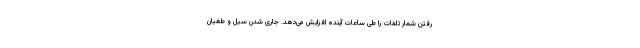
رفتن شمار تلفات را طی ساعات آینده افزایش می‌دهد. جاری شدن سیل و طغیان